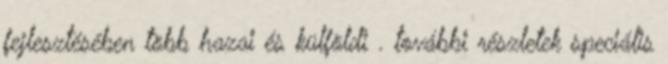
fejlesztésében több hazai és külföldi . további részletek speciális